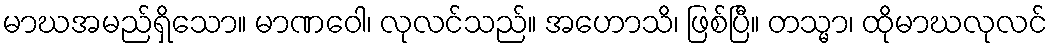
မာဃအမည်ရှိသော။ မာဏဝေါ၊ လုလင်သည်။ အဟောသိ၊ ဖြစ်ပြီ။ တသ္မာ၊ ထိုမာဃလုလင်